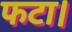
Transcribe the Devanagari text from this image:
फटा।